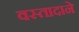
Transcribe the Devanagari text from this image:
वस्तादाने